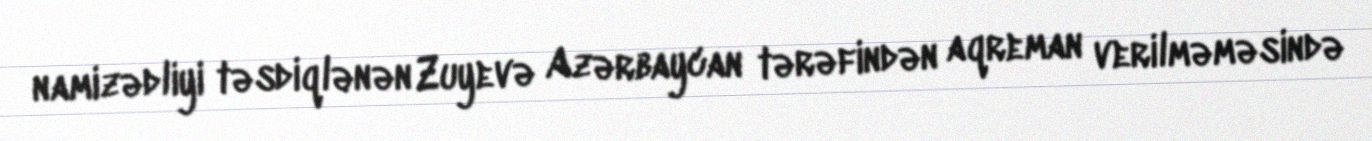
namizədliyi təsdiqlənən Zuyevə Azərbaycan tərəfindən aqreman verilməməsində